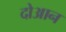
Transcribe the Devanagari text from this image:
दोआन